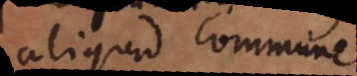
aliquid commune